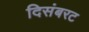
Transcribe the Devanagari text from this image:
दिसंबरट